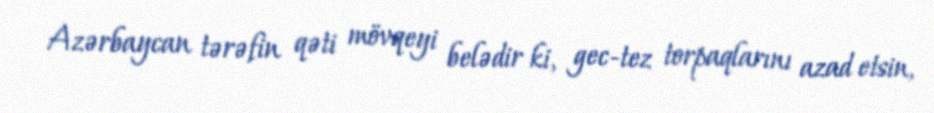
Azərbaycan tərəfin qəti mövqeyi belədir ki, gec-tez torpaqlarını azad etsin,